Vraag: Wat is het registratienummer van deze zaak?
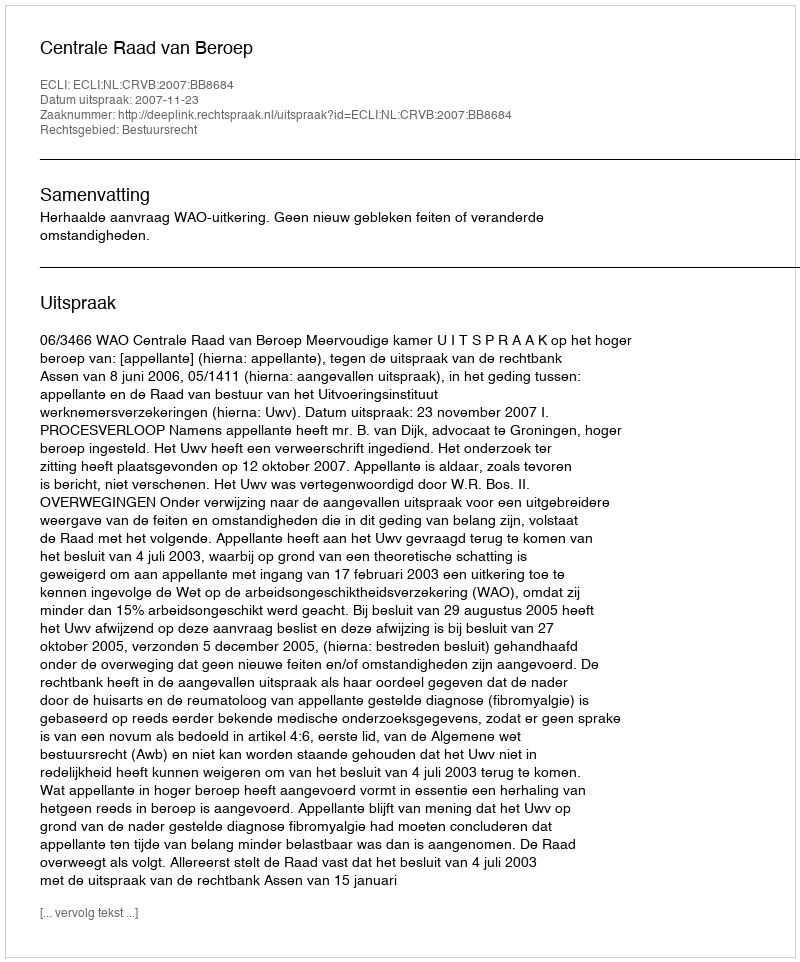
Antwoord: http://deeplink.rechtspraak.nl/uitspraak?id=ECLI:NL:CRVB:2007:BB8684